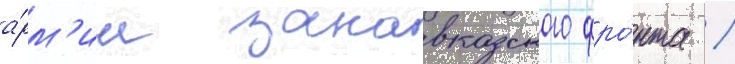
а́рм'ии закавказского фро́нта /